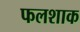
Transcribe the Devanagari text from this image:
फलशाक